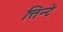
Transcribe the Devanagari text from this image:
त्तिन्टे